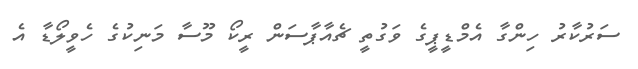
ސަރުކާރު ހިންގާ އެމްޑީޕީގެ ވަގުތީ ޗެއާޕާސަން ރީކޯ މޫސާ މަނިކުގެ ހެވީލޯޑާ އެ